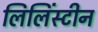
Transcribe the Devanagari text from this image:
लिलिंस्टीन